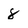
Character: 8